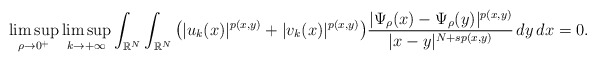
\begin{align*}\limsup_{\rho\to 0^{+}}\limsup_{k\to +\infty} \int_{\mathbb{R}^{N}}\int_{\mathbb{R}^{N}}\big(|u_{k}(x)|^{p(x,y)}+ |v_{k}(x)|^{p(x,y)}\big)\frac{|\Psi_{\rho}(x)-\Psi_{\rho}(y)|^{p(x,y)}}{|x-y|^{N+sp(x,y)}} \,dy\,dx=0.\end{align*}